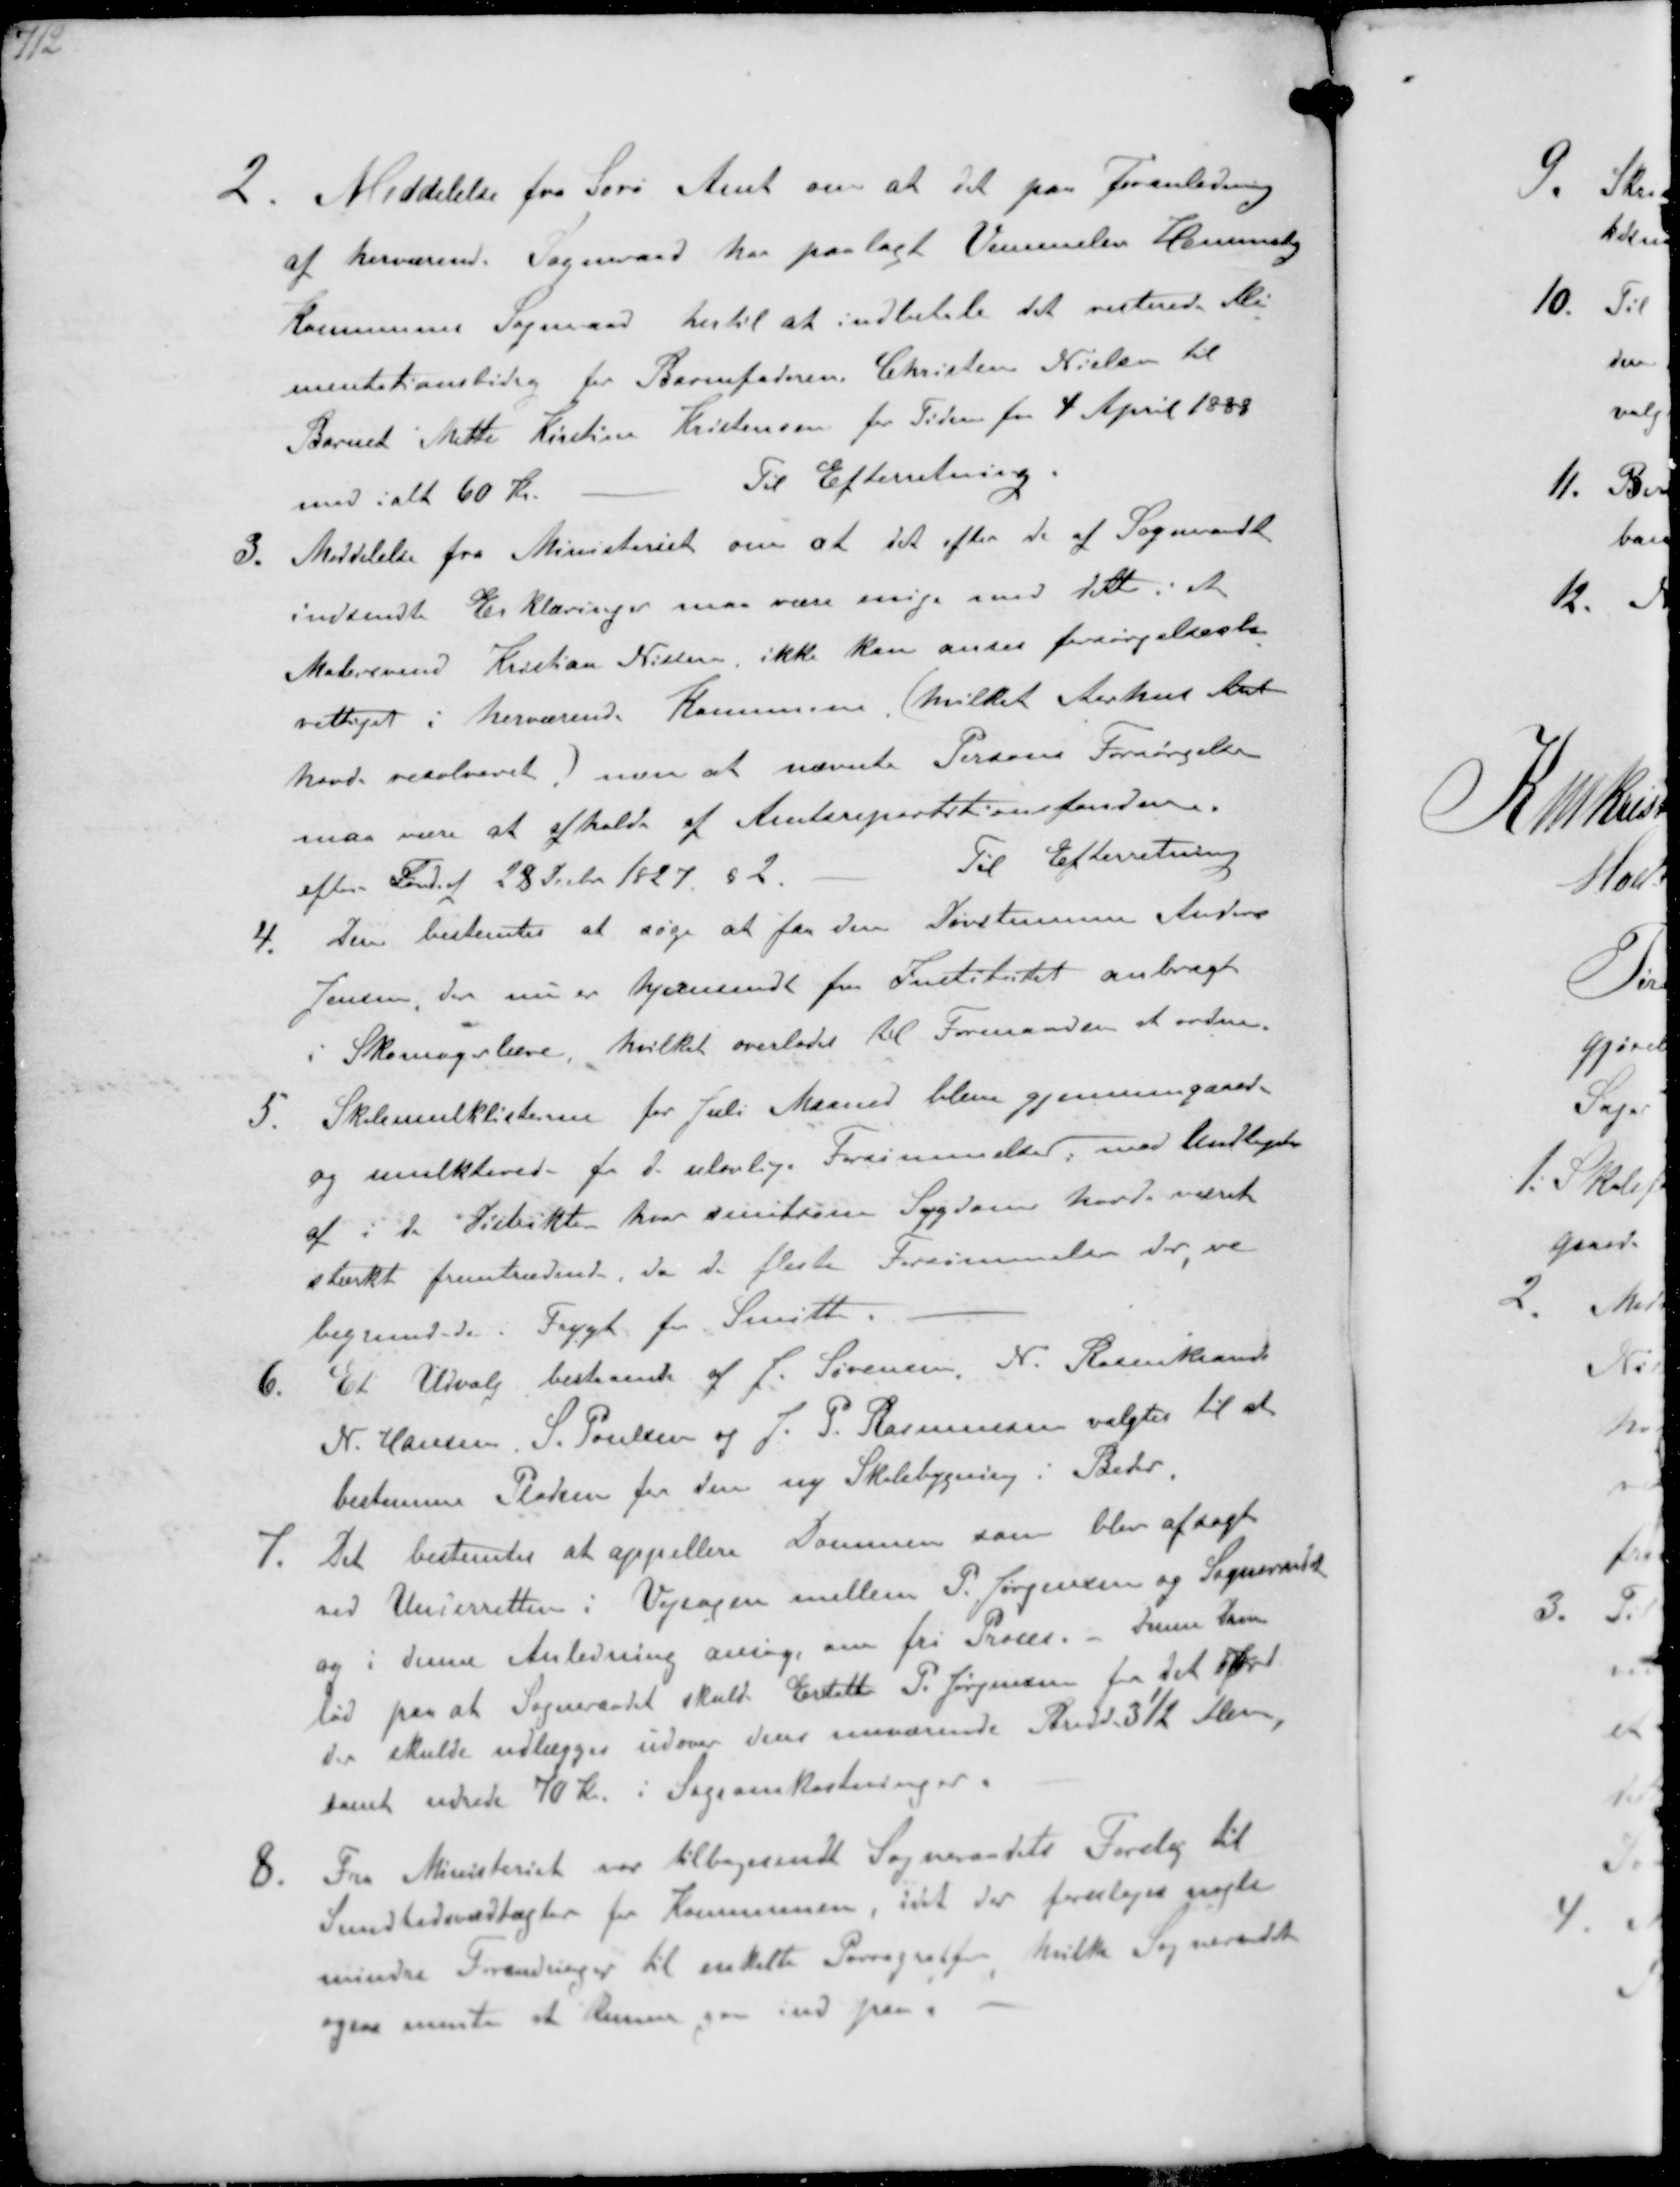
Transskription:
2. Meddelelse fra Sorø Amt om at det paa Foranledning
af herværende. Sogneraad har paalagt Vemmelev Hemmeshøj
Kommunes Sogneaad hertil at indbetale det resterede Ali-
mentationsbidrag for Barnefaderen. Christen Nielsen til
Barnet Mette Kirstine Kristensen for Tiden fra 4 April 1888
med ialt 60 Kr.
Til Efterretning
3. Meddelelse fra Ministeriet om at det efter de af Sogneraadet
indsendte Erklæringer maa være enige med dette i at
Malersvend Kristian Nielsen ikke kan anses forsørgelsesbe-
rettiget i herværende Kommune (hvilket Aarhus Amt
havde resolveret) men at nævnte Persons Forsørgelse
maa være at afholde at Amtsrepartitionsfonden
efter Lov af 28 Decbr 1827 §2.
Til Efterretning
4. Der bestemtes at søge at faa den Døvstumme Anders
Jensen, der nu er hjemsendt fra Institutet anbragt
i Skomagerlære, hvilket overlades til Formanden at ordne.
5. Skolemulktlisterne for Juli Maaned bleve gjennemgaaede
og mulkterede for 3. ulovlige Forsømmelser, med Undtagelse
af i de Distrikter hvor smitsom Sygdom hart været
stærkt fremtrædende, da de fleste Forsømmelser der ve
begrundede i Frygt for Smitte
6. Et Udvalg bestaaende af J. Sørensen, N. Rosenkrands
N. Hansen S. Poulsen og J. P. Rasmussen valgtes til at
bestemme Pladsen for den ny Skolebygning i Beder.
7. Det bestemtes at appellere Dommen som blev afsagt
ved Underretten i Vejsagen mellem P. Jørgensen og Sogneraadet
og i denne Anledning ansøge om fri Proces. - denne Dom
lød paa at Sogneraadet skulde Erstatte P. Jørgensen for det Jord
der skulde udlægges udover dens nuværende Bredde 3½ Alen
samt udrede 70 Kr. i Sagsomkostninger.
8. Fra Ministeriet var tilbagesendt Sogneraadets Forslag til
Sundhedsvedtægter for Kommunen, idet der foresloges nogle
mindre Forandringer til enkelte Parragraffer hvilke Sogneraadet
ogsaa mente at kunne paa ind paa